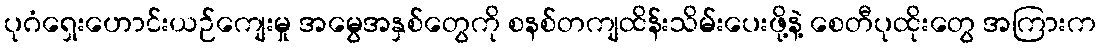
ပုဂံရှေးဟောင်းယဉ်ကျေးမှု အမွေအနှစ်တွေကို စနစ်တကျထိန်းသိမ်းပေးဖို့နဲ့ စေတီပုထိုးတွေ အကြားက